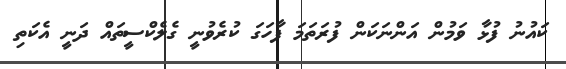
ކައުނު ފުޅާ ވަމުން އަންނަކަން ފުރަތަމަ ފާހަގަ ކުރެވުނީ ގެލެކްސީތައް ދަނީ އެކަތި